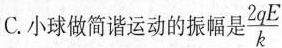
C.小球做简谐运动的振幅是\frac{2qE}{k}